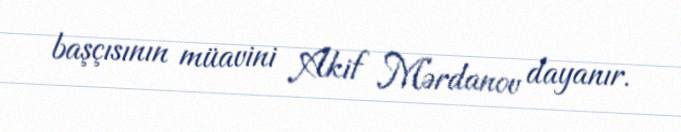
başçısının müavini Akif Mərdanov dayanır.